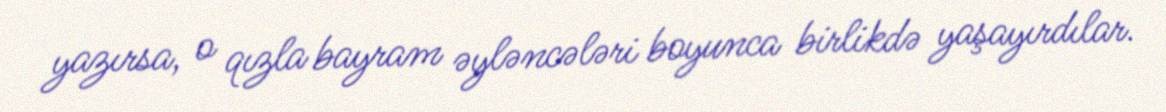
yazırsa, o qızla bayram əyləncələri boyunca birlikdə yaşayırdılar.